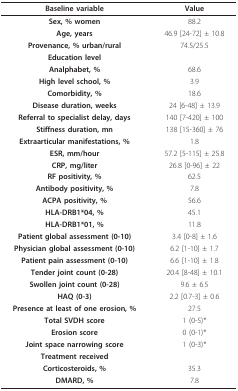
| Baseline variable | Value |
 | --- | --- |
 | Sex, % women | 88.2 |
 | Age, years | 46.9 [24-72] ± 10.8 |
 | Provenance, % urban/rural | 74.5/25.5 |
 | Education level |  |
 | Analphabet, % | 68.6 |
 | High level school, % | 3.9 |
 | Comorbidity, % | 18.6 |
 | Disease duration, weeks | 24 [6-48] ± 13.9 |
 | Referral to specialist delay, days | 140 [7-420] ± 100 |
 | Stiffness duration, mn | 138 [15-360] ± 76 |
 | Extraarticular manifestations, % | 1.8 |
 | ESR, mm/hour | 57.2 [5-115] ± 25.8 |
 | CRP, mg/liter | 26.8 [0-96] ± 22 |
 | RF positivity, % | 62.5 |
 | Antibody positivity, % | 7.8 |
 | ACPA positivity, % | 56.6 |
 | HLA-DRB1*04, % | 45.1 |
 | HLA-DRB1*01, % | 11.8 |
 | Patient global assessment (0-10) | 3.4 [0-8] ± 1.6 |
 | Physician global assessment (0-10) | 6.2 [1-10] ± 1.7 |
 | Patient pain assessment (0-10) | 6.6 [1-10] ± 1.8 |
 | Tender joint count (0-28) | 20.4 [8-48] ± 10.1 |
 | Swollen joint count (0-28) | 9.6 ± 6.5 |
 | HAQ (0-3) | 2.2 [0.7-3] ± 0.6 |
 | Presence at least of one erosion, % | 27.5 |
 | Total SVDH score | 1 (0-5)* |
 | Erosion score | 0 (0-1)* |
 | Joint space narrowing score | 1 (0-3)* |
 | Treatment received |  |
 | Corticosteroids, % | 35.3 |
 | DMARD, % | 7.8 |